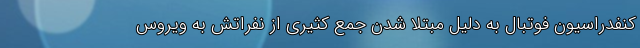
کنفدراسیون فوتبال به دلیل مبتلا شدن جمع کثیری از نفراتش به ویروس